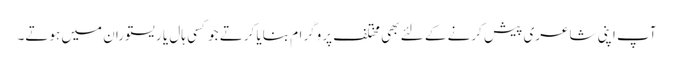
آپ اپنی شاعری پیش کرنے کے لئے بھی مختلف پروگرام بنایا کرتے جو کسی ہال یا ریستوران میں ہوتے۔